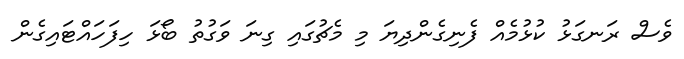
ވެސް ރަނގަޅު ކުޅުމެއް ފެނިގެންދިޔަ މި މެޗުގައި ގިނަ ވަގުތު ބޯޅަ ހިފަހައްޓައިގެން